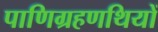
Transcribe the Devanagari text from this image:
पाणिग्रहणथियों